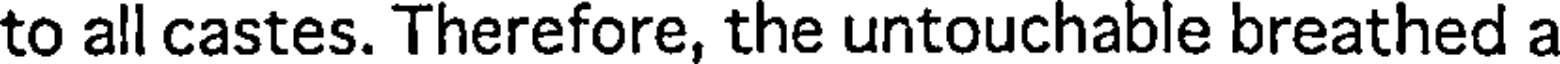
to all castes. Therefore, the untouchable breathed a